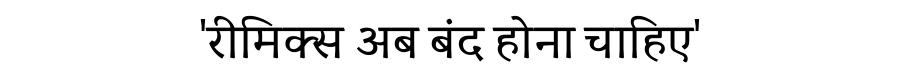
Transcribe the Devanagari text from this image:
'रीमिक्स अब बंद होना चाहिए'